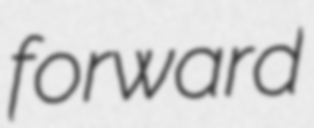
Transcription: forward